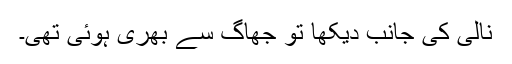
نالی کی جانب دیکھا تو جھاگ سے بھری ہوئی تھی۔